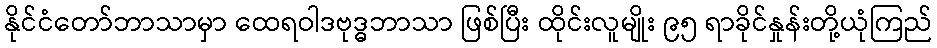
နိုင်ငံတော်ဘာသာမှာ ထေရဝါဒဗုဒ္ဓဘာသာ ဖြစ်ပြီး ထိုင်းလူမျိုး ၉၅ ရာခိုင်နှုန်းတို့ယုံကြည်